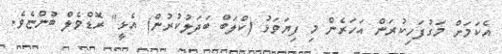
އެކަމަށް މަގުފަހިކުރަން އަހަރެން މި ފިޔަވަޅު (ކްލަބް ބަދަލުކުރުން) އެޅީ" ރޮޑްވެލް ބުންޏެވެ.